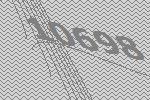
10698